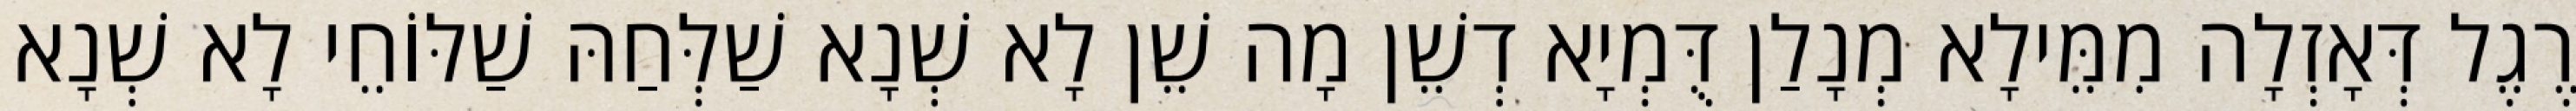
רֶגֶל דְּאָזְלָה מִמֵּילָא מְנָלַן דֻּמְיָא דְשֵׁן מָה שֵׁן לָא שְׁנָא שַׁלְּחַהּ שַׁלּוֹחֵי לָא שְׁנָא